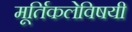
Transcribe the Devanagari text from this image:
मूर्तिकलेविषयी